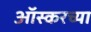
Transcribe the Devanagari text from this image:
ऑस्करच्या